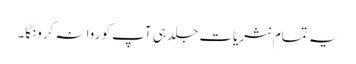
یہ تمام نثریات جلد ہی آپ کو روانہ کرونگا۔